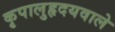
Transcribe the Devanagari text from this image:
कृपालुहृदयवाले